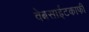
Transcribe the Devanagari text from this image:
वेबसाईटकाफी